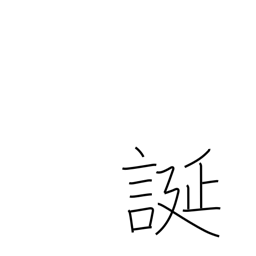
Meaning: be arbitrary